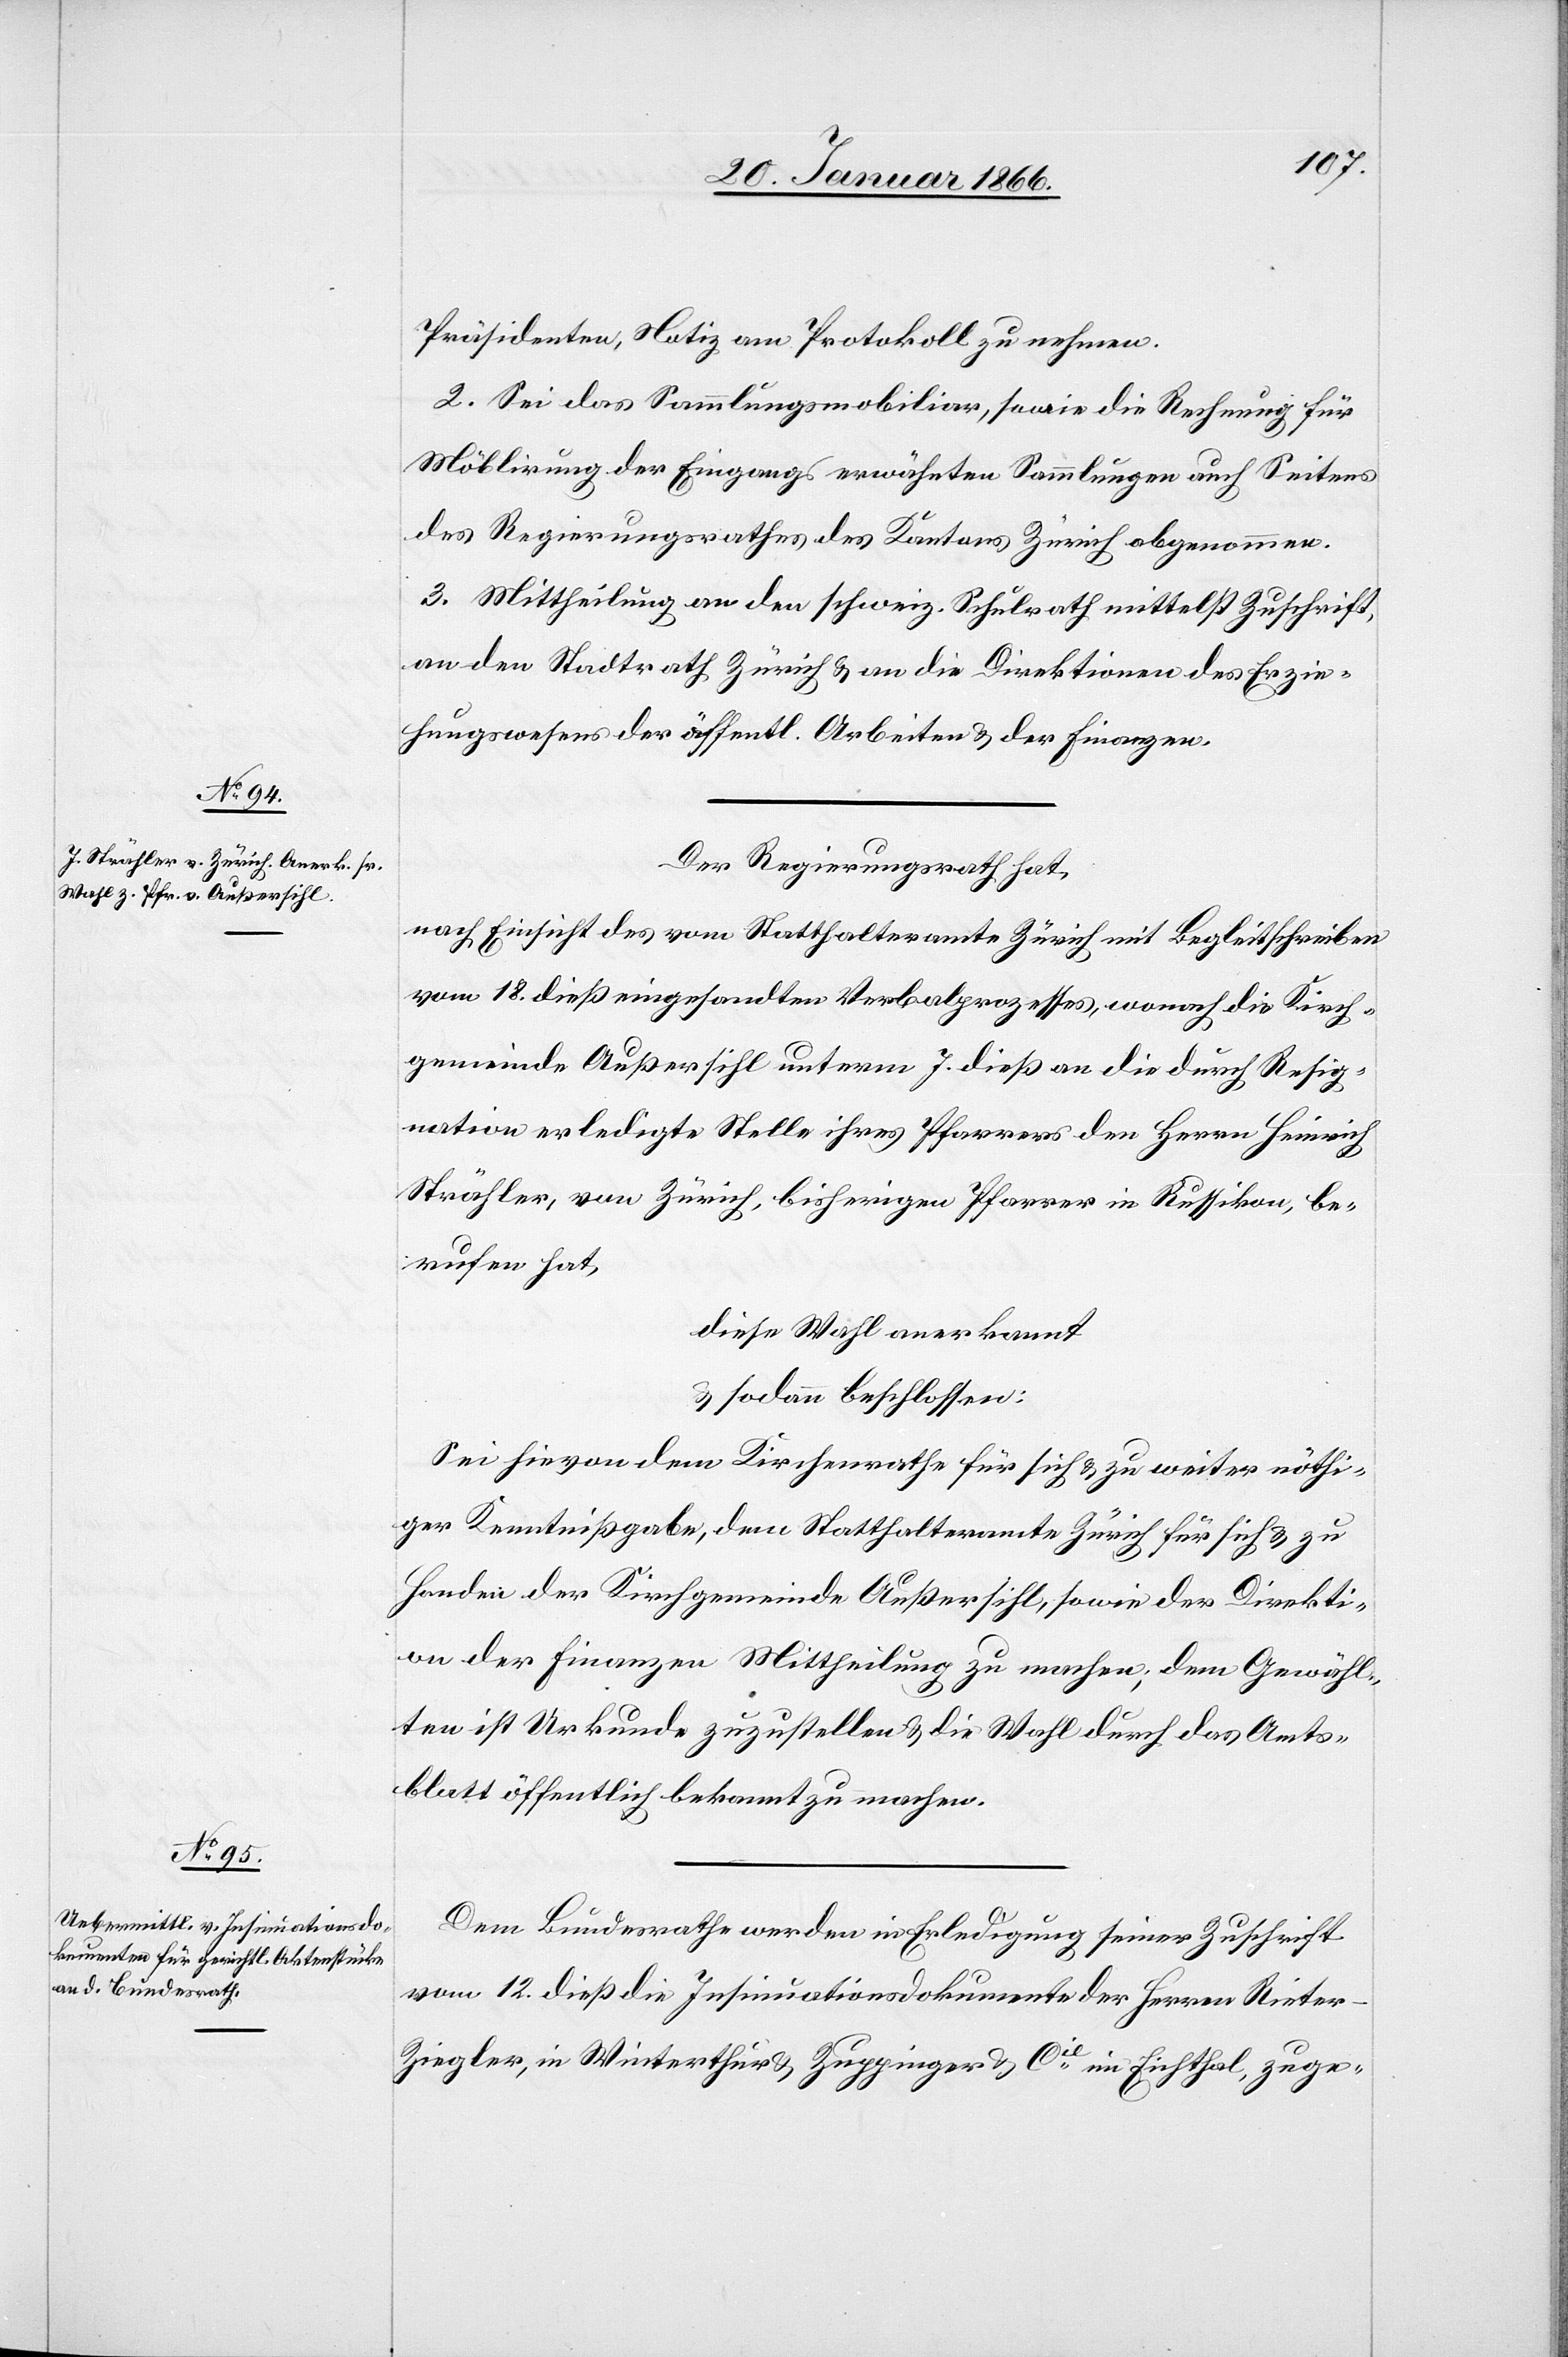
Präsidenten, Notiz am Protokoll zu nehmen.
2. Sei das Sammlungsmobiliar, sowie die Rechnung für
Möblirung der Eingangs erwähnten Sammlungen auch Seitens
des Regierungsrathes des Kantons Zürich abgenommen.
3. Mittheilung an den schweiz. Schulrath mittelst Zuschrift,
an den Stadtrath Zürich u. an die Direktionen des Erzie¬
hungswesens[,] der öffentl. Arbeiten u. der Finanzen.
Der Regierungsrath hat,
nach Einsicht des vom Statthalteramte Zürich mit Begleitschreiben
vom 18. dieß eingesandten Verbalprozesses, wonach die Kirch¬
gemeinde Außersihl unterm 7. dieß an die durch Resig¬
nation erledigte Stelle ihres Pfarrers den Herrn Heinrich
Strähler, von Zürich, bisherigen Pfarrer in Russikon, be¬
rufen hat,
diese Wahl anerkannt,
u. sodann beschlossen:
Sei hievon dem Kirchenrathe für sich u. zu weiter nöthi¬
ger Kenntnißgabe, dem Statthalteramte Zürich für sich u. zu
Handen der Kirchgemeinde Außersihl, sowie der Direkti¬
on der Finanzen Mittheilung zu machen; dem Gewähl¬
ten ist Urkunde zuzustellen u. die Wahl durch das Amts¬
blatt öffentlich bekannt zu machen.
Dem Bundesrathe werden in Erledigung seiner Zuschrift
vom 12. dieß die Insinuationsdokumente der Herren Riete¬
r-Ziegler, in Winterthur u. Zuppinger & Cie. im Eichthal, zuge-